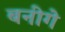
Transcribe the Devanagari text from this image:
बनीगे